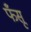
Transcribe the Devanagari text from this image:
फँसू